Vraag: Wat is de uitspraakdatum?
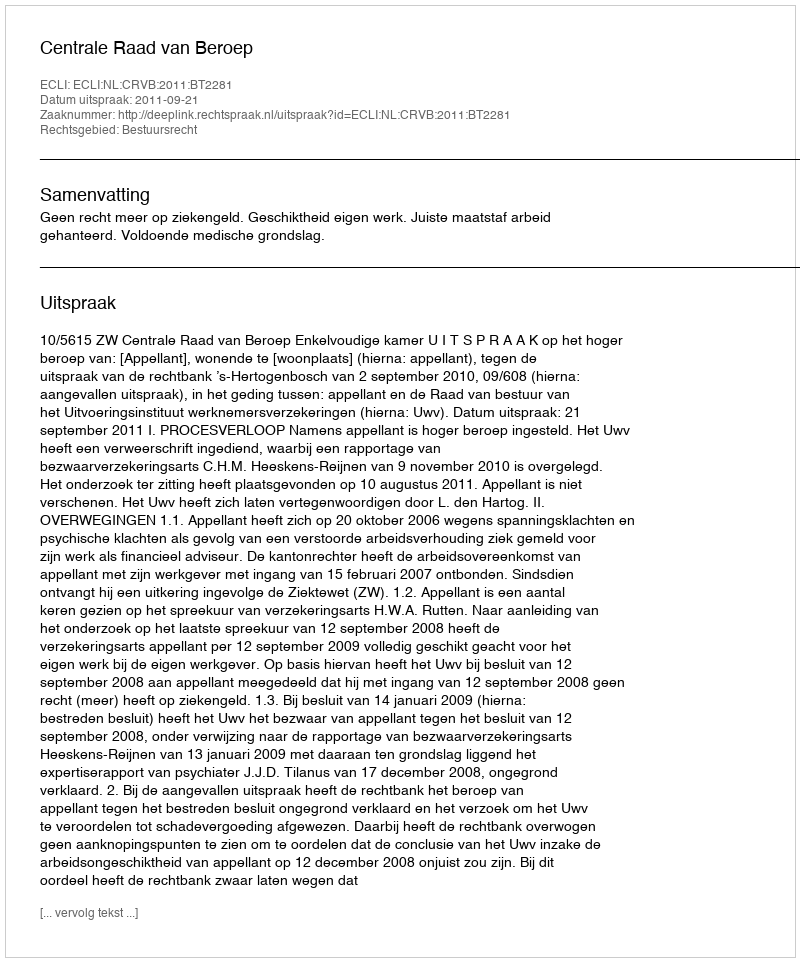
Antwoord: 2011-09-21